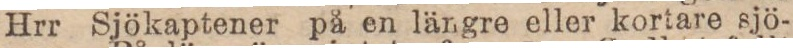
Hrr Sjökaptener på en längre eller kortare sjö-